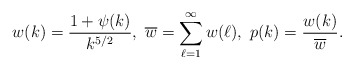
\begin{align*}w(k) =\frac{1+\psi(k)}{k^{5/2}},~\overline{w} = \sum_{\ell=1}^\infty w(\ell),~p(k) = \frac{w(k)}{\overline{w}}.\end{align*}